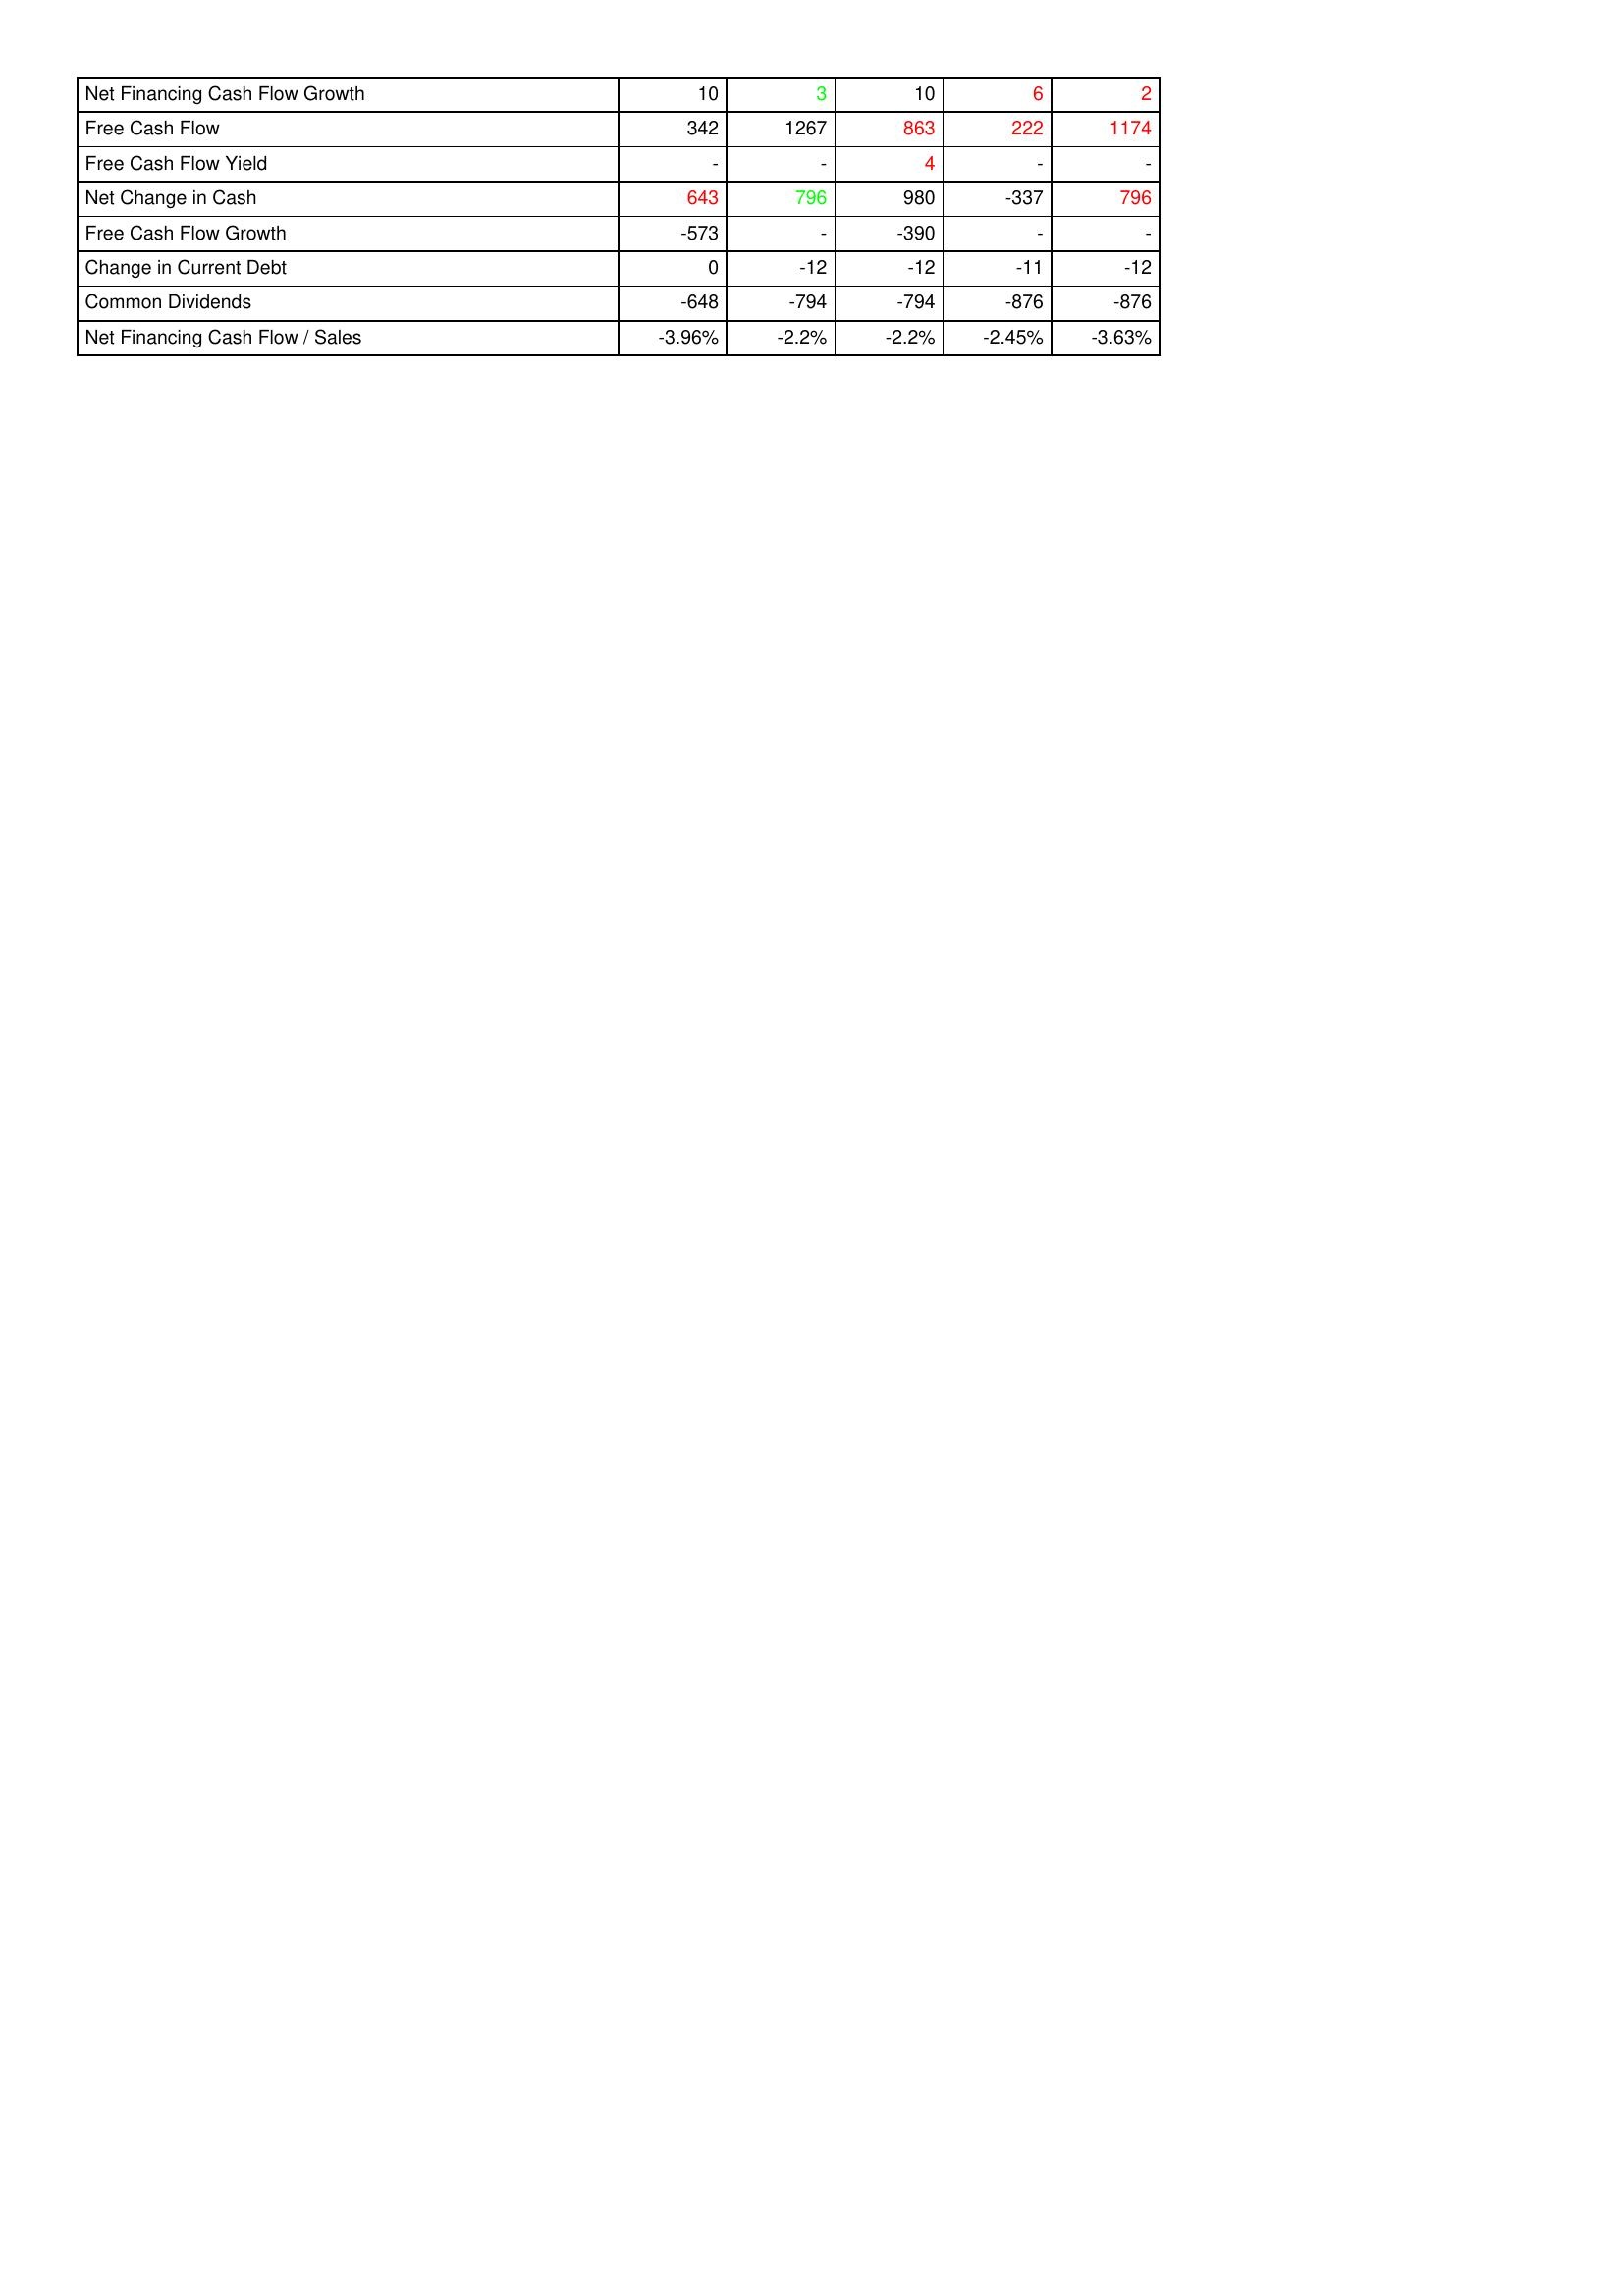
gt_parse: 2009: Financing Activities: Net Financing Cash Flow Growth: 10
Free Cash Flow: 342
Free Cash Flow Yield: -
Net Change in Cash: 643
Free Cash Flow Growth: -573
Change in Current Debt: 0
Common Dividends: -648
Net Financing Cash Flow / Sales: -3.96%
2008: Financing Activities: Net Financing Cash Flow Growth: 3
Free Cash Flow: 1267
Free Cash Flow Yield: -
Net Change in Cash: 796
Free Cash Flow Growth: -
Change in Current Debt: -12
Common Dividends: -794
Net Financing Cash Flow / Sales: -2.2%
2007: Financing Activities: Net Financing Cash Flow Growth: 10
Free Cash Flow: 863
Free Cash Flow Yield: 4
Net Change in Cash: 980
Free Cash Flow Growth: -390
Change in Current Debt: -12
Common Dividends: -794
Net Financing Cash Flow / Sales: -2.2%
2006: Financing Activities: Net Financing Cash Flow Growth: 6
Free Cash Flow: 222
Free Cash Flow Yield: -
Net Change in Cash: -337
Free Cash Flow Growth: -
Change in Current Debt: -11
Common Dividends: -876
Net Financing Cash Flow / Sales: -2.45%
2005: Financing Activities: Net Financing Cash Flow Growth: 2
Free Cash Flow: 1174
Free Cash Flow Yield: -
Net Change in Cash: 796
Free Cash Flow Growth: -
Change in Current Debt: -12
Common Dividends: -876
Net Financing Cash Flow / Sales: -3.63%